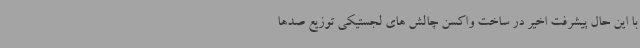
با این حال پیشرفت اخیر در ساخت واکسن چالش های لجستیکی توزیع صدها